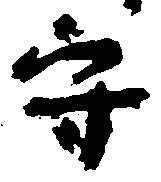
守